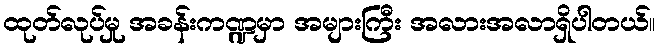
ထုတ်လုပ်မှု အခန်းကဏ္ဍမှာ အများကြီး အလားအလာရှိပါတယ်။